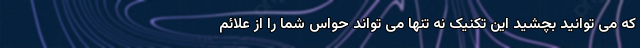
که می توانید بچشید این تکنیک نه تنها می تواند حواس شما را از علائم